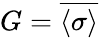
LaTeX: G={\overline{{\langle\sigma\rangle}}}